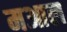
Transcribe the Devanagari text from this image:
मआल